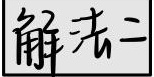
解法二